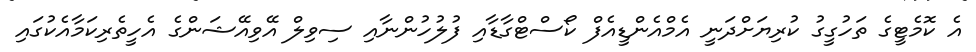
އެ ކޮމެޓީގެ ތަހުގީގު ކުރިޔަށްދަނީ އެމްއެންޑީއެފް ކޯސްޓްގާޑާއި ފުލުހުންނާއި ސިވިލް އޭވިއޭޝަންގެ އެހީތެރިކަމާއެކުގައި